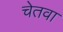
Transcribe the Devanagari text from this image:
चेतवा